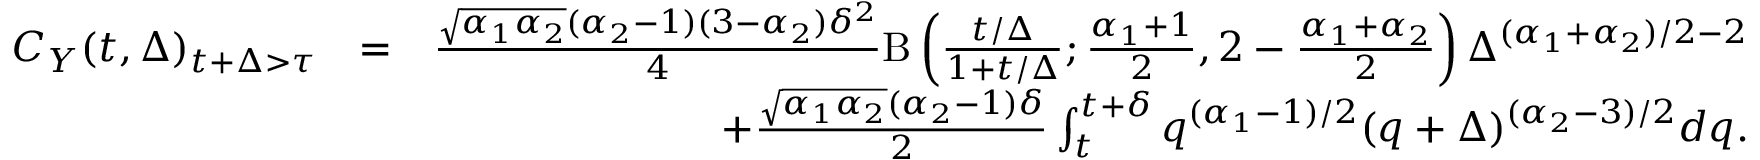
\begin{array} { r l r } { C _ { Y } ( t , \Delta ) _ { t + \Delta > \tau } } & { = } & { \frac { \sqrt { \alpha _ { 1 } \alpha _ { 2 } } ( \alpha _ { 2 } - 1 ) ( 3 - \alpha _ { 2 } ) \delta ^ { 2 } } { 4 } \mathrm { B } \left( \frac { t / \Delta } { 1 + t / \Delta } ; \frac { \alpha _ { 1 } + 1 } { 2 } , 2 - \frac { \alpha _ { 1 } + \alpha _ { 2 } } { 2 } \right) \Delta ^ { ( \alpha _ { 1 } + \alpha _ { 2 } ) / 2 - 2 } } \\ & { } & { + \frac { \sqrt { \alpha _ { 1 } \alpha _ { 2 } } ( \alpha _ { 2 } - 1 ) \delta } { 2 } \int _ { t } ^ { t + \delta } q ^ { ( \alpha _ { 1 } - 1 ) / 2 } ( q + \Delta ) ^ { ( \alpha _ { 2 } - 3 ) / 2 } d q . } \end{array}